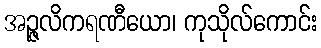
အဉ္ဇလိကရဏီယော၊ ကုသိုလ်ကောင်း